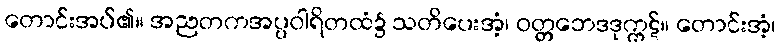
တောင်းအပ်၏။ အညတကအပ္ပဝါရိတထံ၌ သတိပေးအံ့၊ ဝတ္တဘေဒဒုက္ကဋ်။ တောင်းအံ့၊